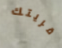
قريتك